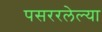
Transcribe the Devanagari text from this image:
पसररलेल्या